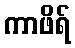
ကာဖိရ်